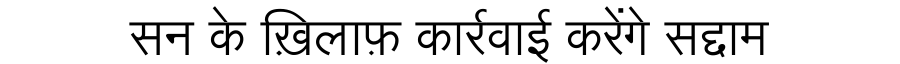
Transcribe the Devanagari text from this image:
सन के ख़िलाफ़ कार्रवाई करेंगे सद्दाम